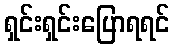
ရှင်းရှင်းပြောရရင်